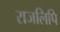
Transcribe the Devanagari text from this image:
राजलिपि